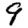
Digit: 9